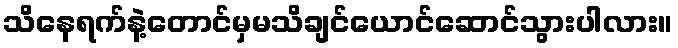
သိနေရက်နဲ့တောင်မှမသိချင်ယောင်ဆောင်သွားပါလား။